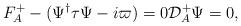
LaTeX: \begin{align*}F_{A}^{+} -(\Psi^{\dag}\tau\Psi- i \varpi)=0\mathcal{D}_{A}^+\Psi=0,\end{align*}